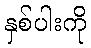
နှစ်ပါးကို